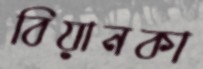
বিয়ানকা